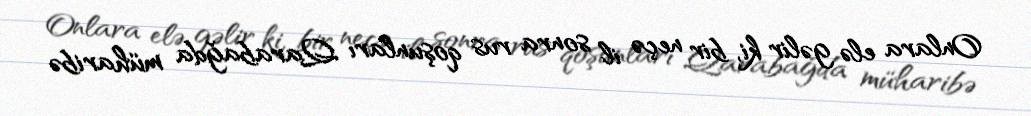
Onlara elə gəlir ki, bir neçə il sonra rus qoşunları Qarabağda müharibə